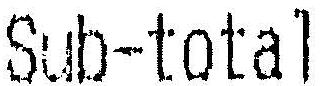
SUB-TOTAL